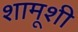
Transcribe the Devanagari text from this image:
शामूशी